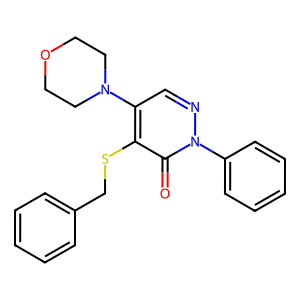
SMILES: O=c1c(SCc2ccccc2)c(N2CCOCC2)cnn1-c1ccccc1
Inhibits HIV replication: No